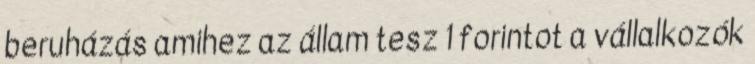
beruházás amihez az állam tesz 1 forintot a vállalkozók